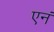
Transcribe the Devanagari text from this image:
एनं